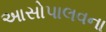
આસોપાલવના